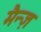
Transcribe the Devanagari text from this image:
मैन्ज़